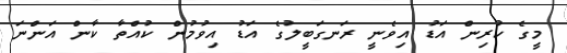
މީގެ ކުރިން އަޑު އިވެނީ ރަނގަބީލުގެ އަޑު އިވުމުން ކުއްތާ ކާން އަންނަ